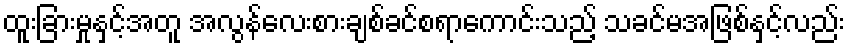
ထူးခြားမှုနှင့်အတူ အလွန်လေးစားချစ်ခင်စရာကောင်းသည့် သခင်မအဖြစ်နှင့်လည်း